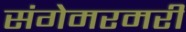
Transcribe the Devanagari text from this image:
संगेमरमरी